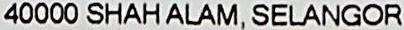
40000 SHAH ALAM, SELANGOR